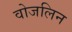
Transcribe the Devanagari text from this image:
वोजलिन